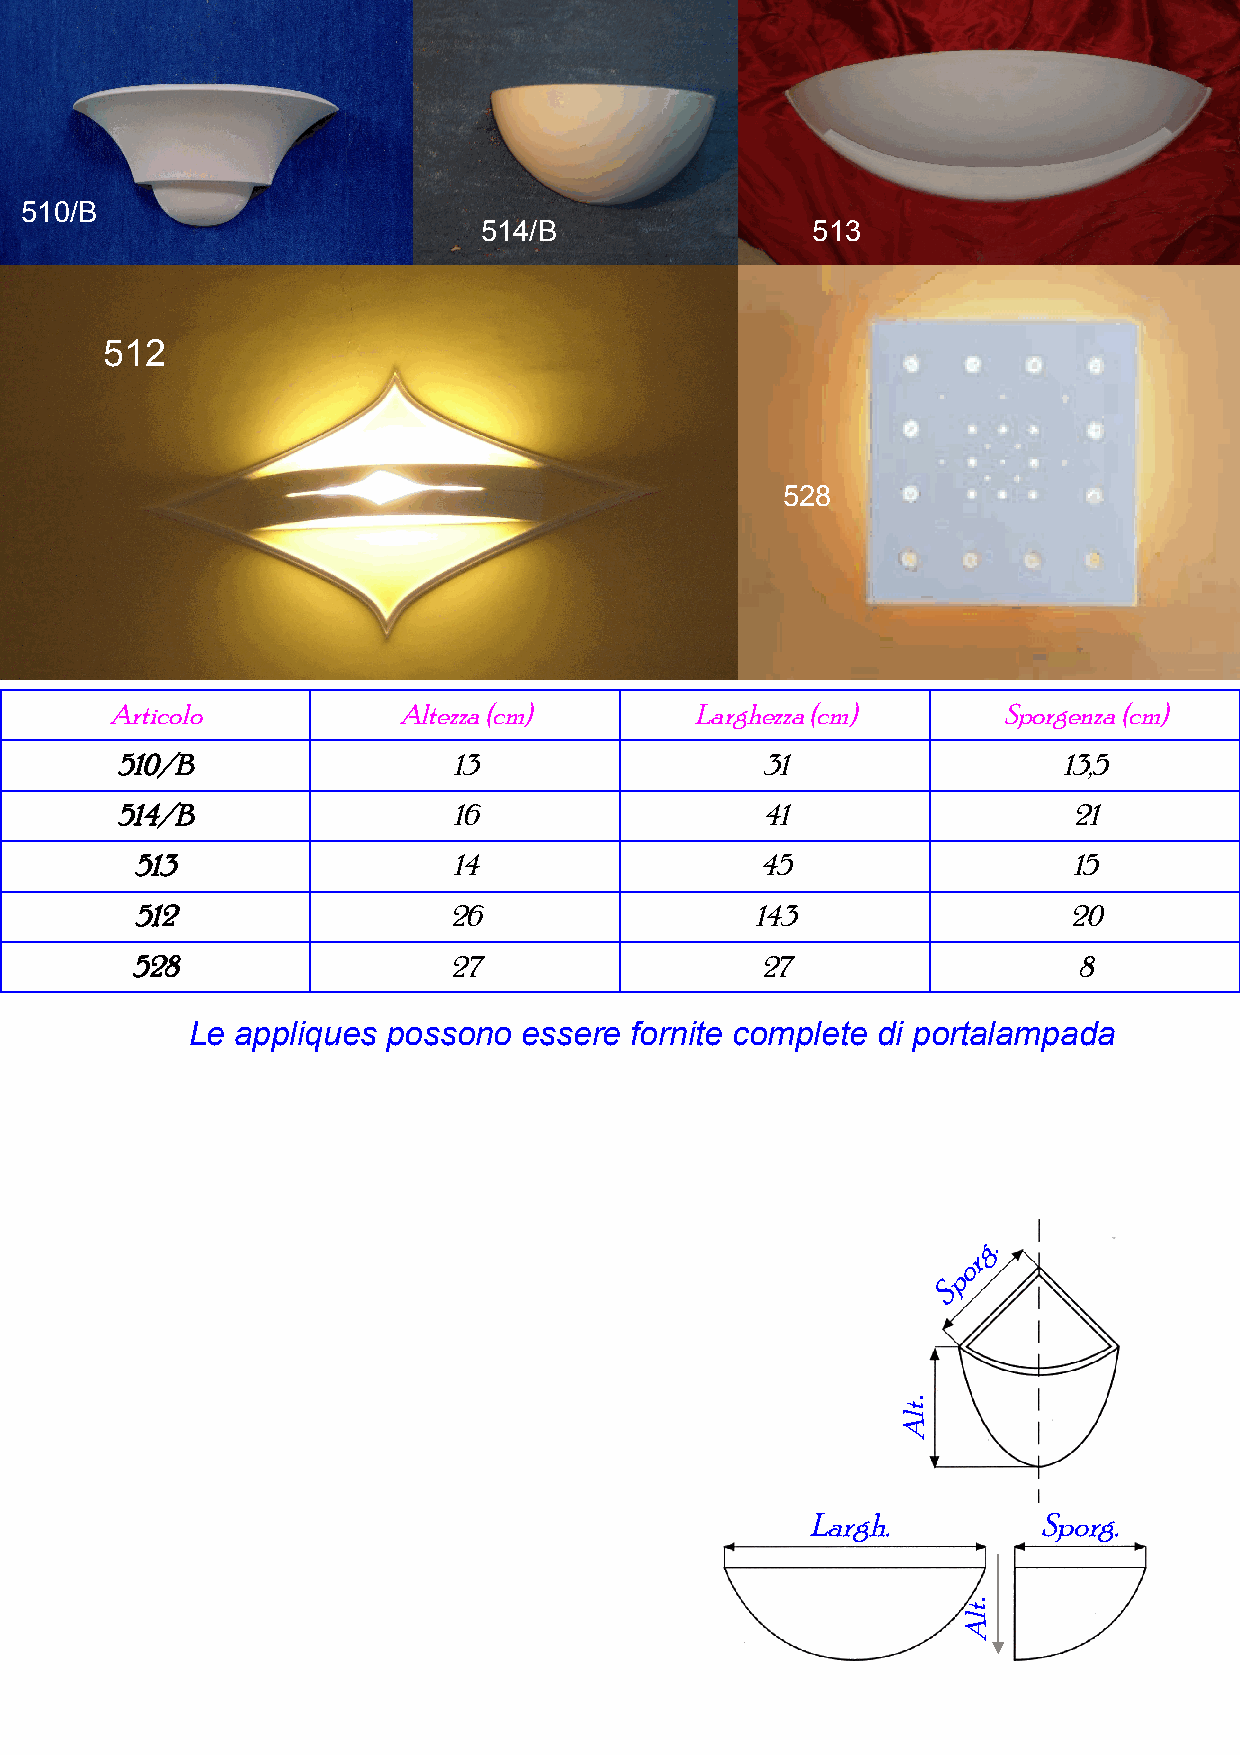
510/B
 514/B                 513
 512
 528
 Articolo           Altezza (cm)        Larghezza (cm)      Sporgenza (cm)
 510/B                 13                  31                  13,5
 514/B                 16                  41                   21
 513                  14                  45                   15
 512                  26                  143                  20
 528                  27                  27                   8
 Le  appliques possono  essere fornite complete di portalampada
 g.
 r
 o
 p
 S
 .
 Largh.          Sporg.
 .
 tlA
 tlA